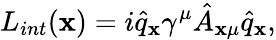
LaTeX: L_{int}(\mathbf{x})=i\hat{{q}}_{\mathbf{x}}\gamma^{\mu}\hat{{A}}_{\mathbf{x}\mu}\hat{{q}}_{\mathbf{x}},